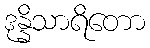
ဒုန္နိသာရိတော